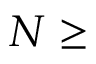
N \geq